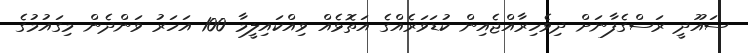
ސައޫދީ ރަސްގެފާނަށް ދިވެހިރާއްޖެއިން ކުޑަވަރެއްގެ އަތޮޅެއް ވިއްކައިލީމާ 100 އަހަރު ވަންދެން މިގައުމުގެ